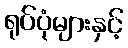
ရုပ်ပုံများနှင့်